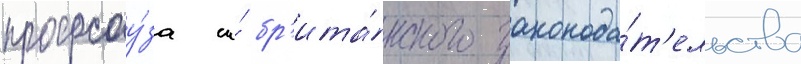
профсоу́за и́ бр'ита́нского законода́т'ельства